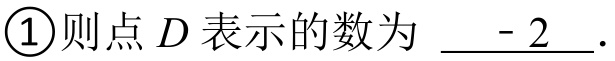
\textcircled{1}则点 \(D\) 表示的数为 \underline{ - 2 }.